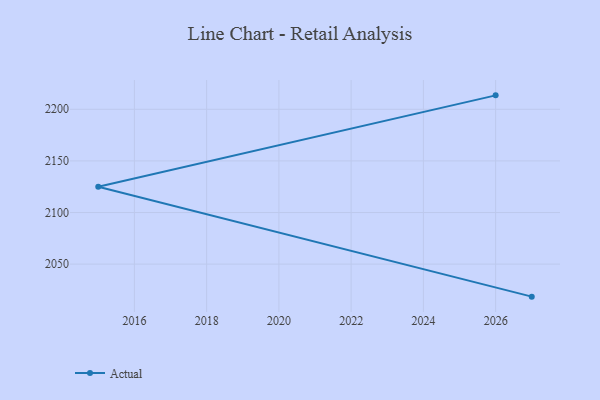
{"axis": {"x": "Year", "y": "Production Output"}, "legend": ["Actual"], "data": [{"x": "2026", "y": 2213.5, "type": "Actual"}, {"x": "2015", "y": 2125.0, "type": "Actual"}, {"x": "2027", "y": 2018.5, "type": "Actual"}]}